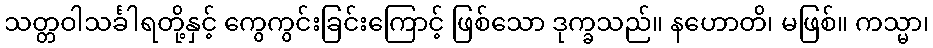
သတ္တဝါသင်္ခါရတို့နှင့် ကွေကွင်းခြင်းကြောင့် ဖြစ်သော ဒုက္ခသည်။ နဟောတိ၊ မဖြစ်။ ကသ္မာ၊